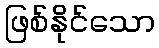
ဖြစ်နိုင်သော